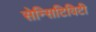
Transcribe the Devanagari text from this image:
सेन्सिटिविटी